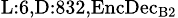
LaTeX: _{\textrm{L}:6,\textrm{D}:832,\textrm{EncDec}_{\textrm{B}2}}